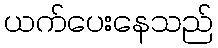
ယက်ပေးနေသည်